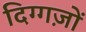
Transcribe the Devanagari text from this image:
दिग्गज़ों